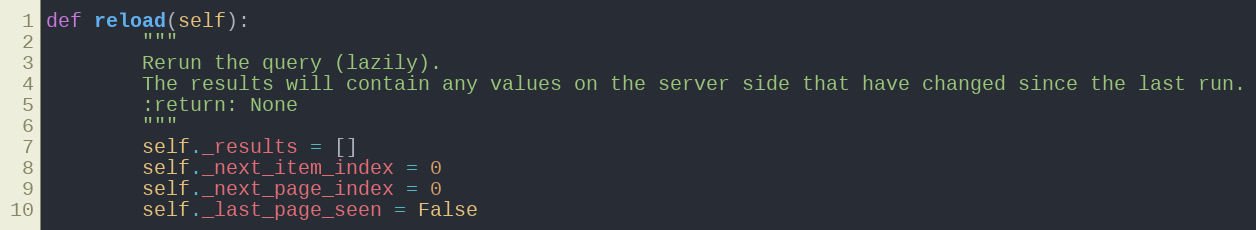
Language: Python
def reload(self):
        """
        Rerun the query (lazily).
        The results will contain any values on the server side that have changed since the last run.
        :return: None
        """
        self._results = []
        self._next_item_index = 0
        self._next_page_index = 0
        self._last_page_seen = False